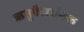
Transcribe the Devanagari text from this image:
ऋतुवैज्ञानिक